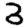
Digit: 3